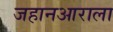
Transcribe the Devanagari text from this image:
जहानआराला